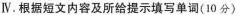
Ⅳ. 根据短文内容及所给提示填写单调(10分)